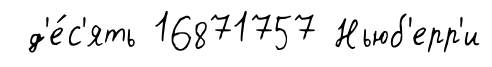
д'е́с'ять 16871757 Ньюб'ерр'и